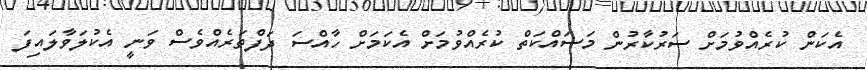
އެކަން ކުރެއްވުމަށް ސަރުކާރުން މަސައްކަތް ކުރެއްވުމަށް އެކަމަށް ހާއްސަ ދަފްތަރެއްވެސް ވަނީ އެކުލަވާލައިފަ